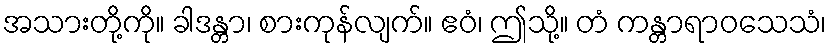
အသားတို့ကို။ ခါဒန္တာ၊ စားကုန်လျက်။ ဧဝံ၊ ဤသို့။ တံ ကန္တာရာဝသေသံ၊